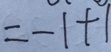
= - 1 + 1